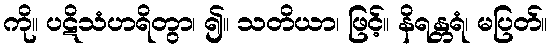
ကို။ ပဋိသံဟရိတွာ၊ ၍။ သတိယာ၊ ဖြင့်။ နိရန္တရံ၊ မပြတ်။